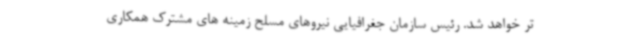
تر خواهد شد. رئیس سازمان جغرافیایی نیروهای مسلح زمینه های مشترک همکاری